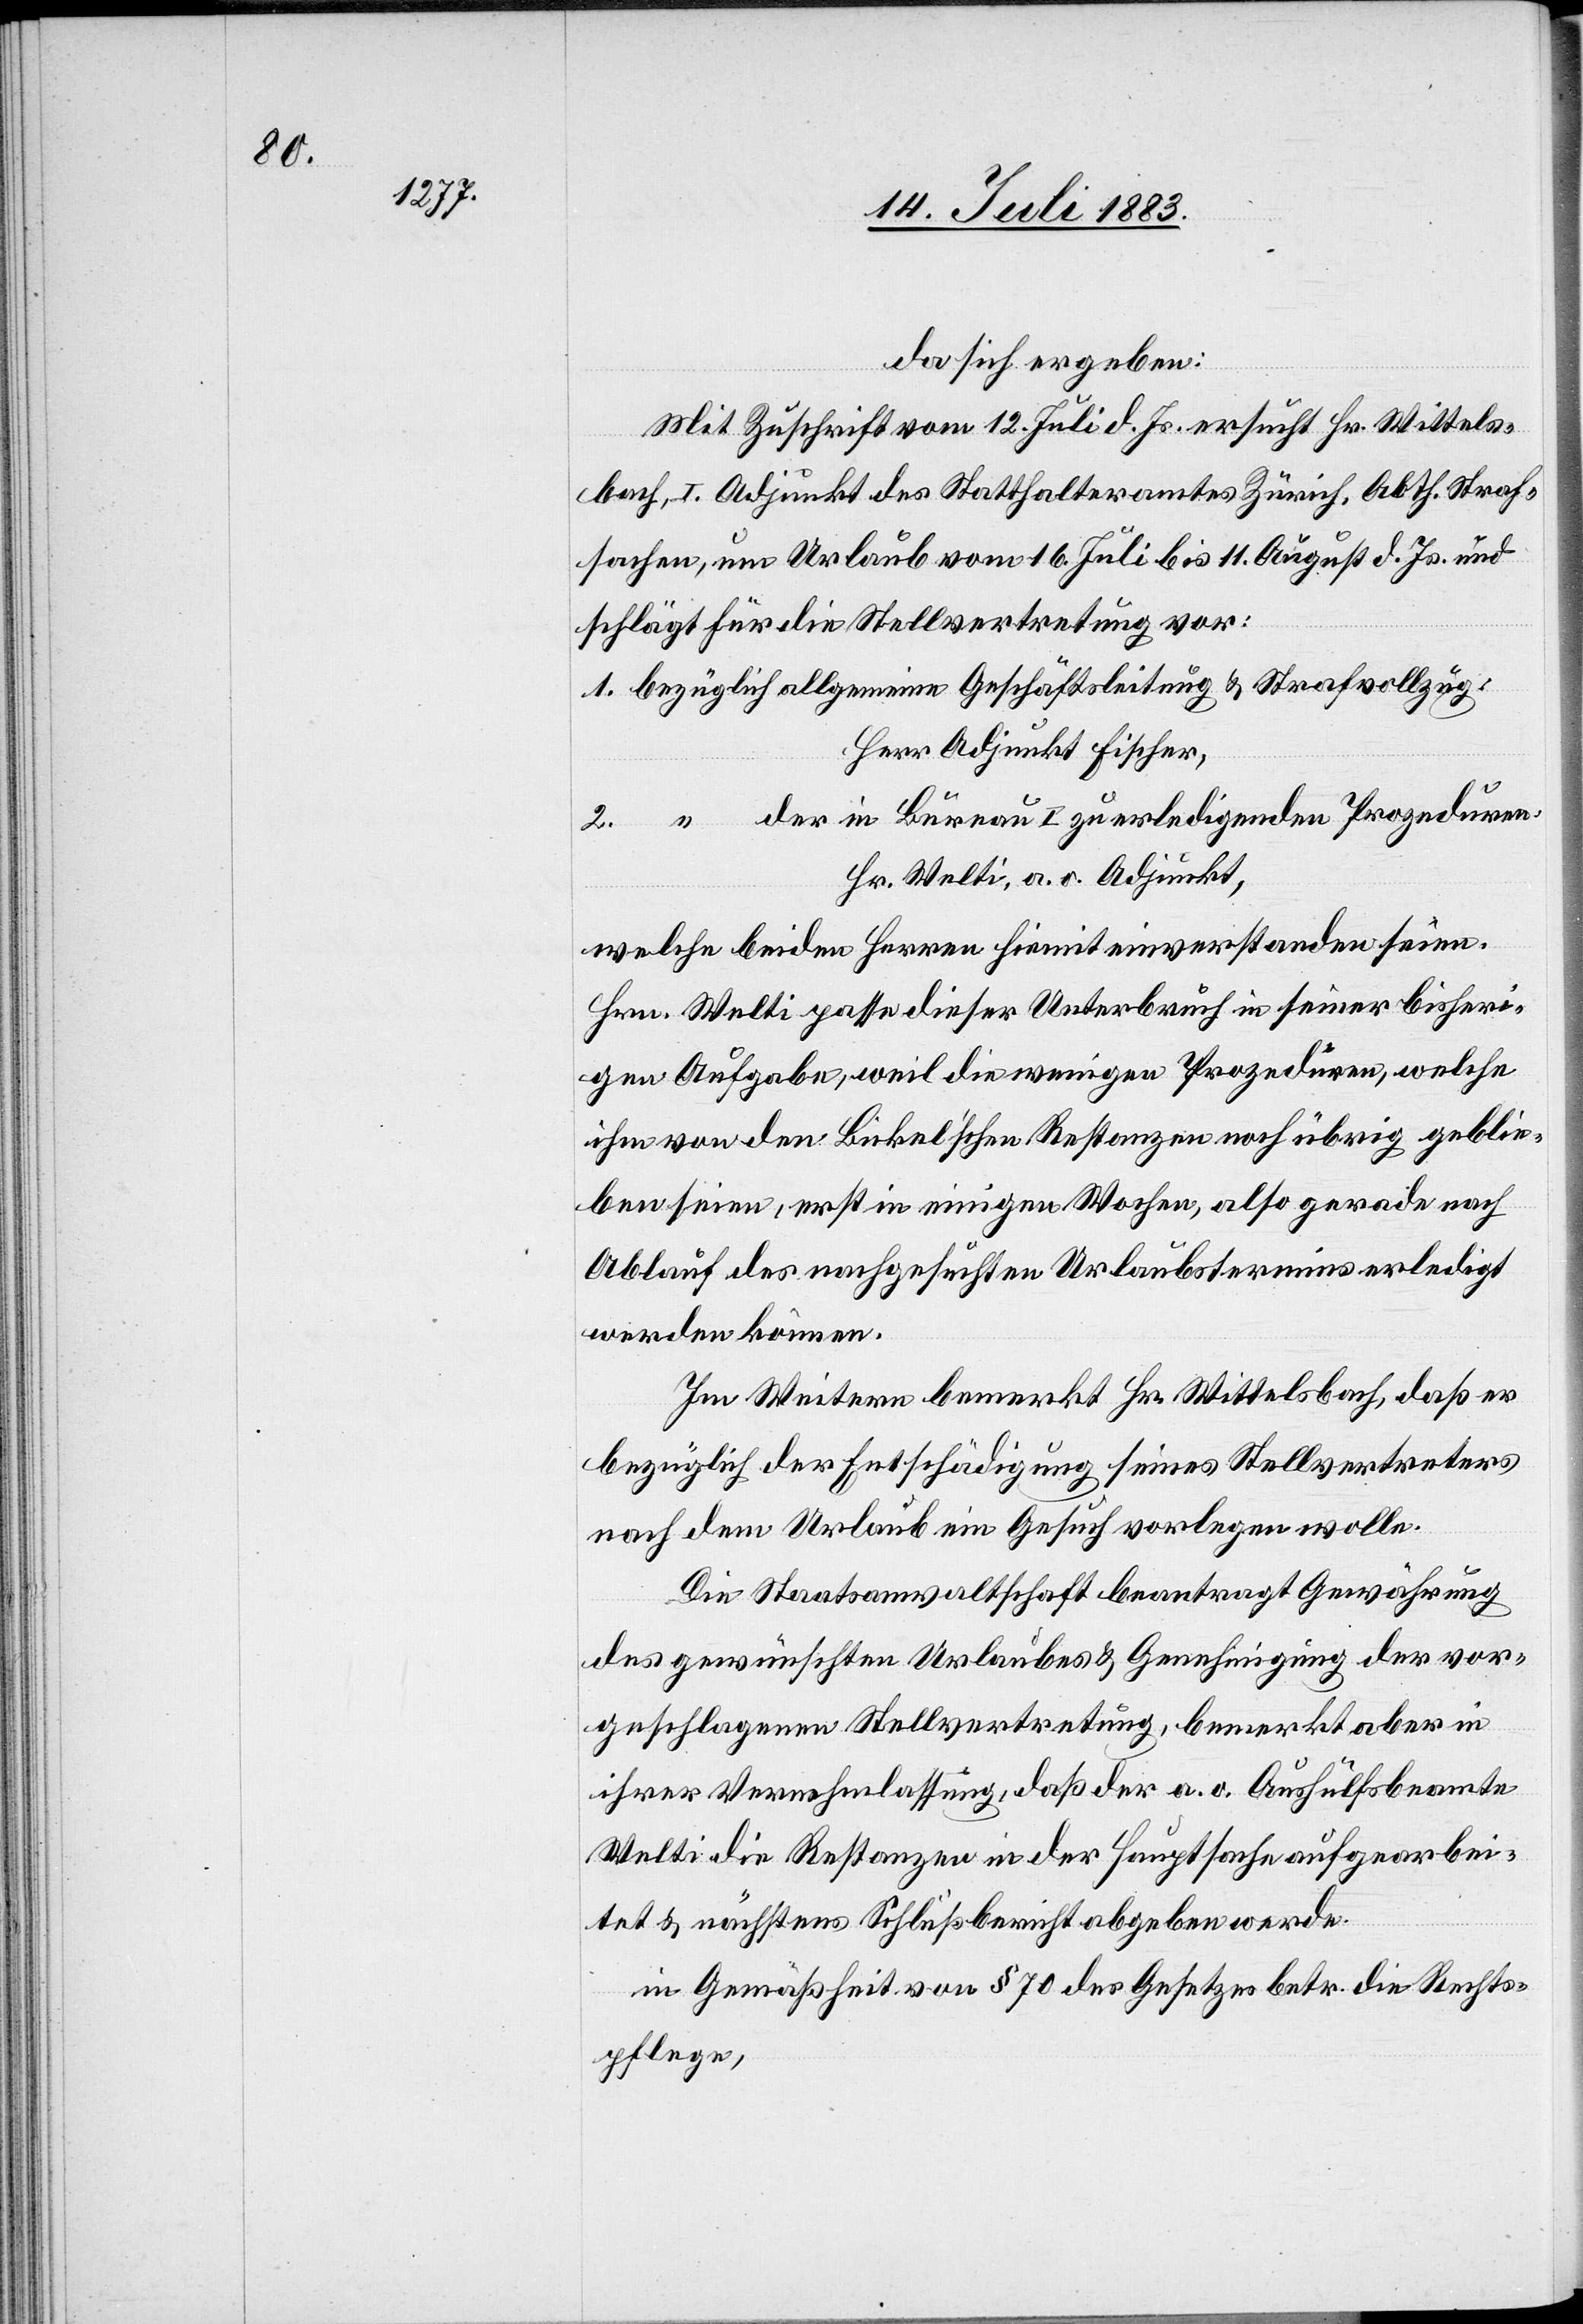
da sich ergeben:
Mit Zuschrift vom 12. Juli d. Js. ersucht Hr. Wittels¬
bach, I. Adjunkt des Statthalteramtes Zürich, Abth. Straf¬
sachen, um Urlaub vom 16. Juli bis 11. August d. Js. und
schlägt für die Stellvertretung vor:
1. bezüglich allgemeine Geschäftsleitung & Strafvollzug:
Herr Adjunkt Fischer;
der in Bureau I zu erledigenden Prozeduren:
2.
Hr. Welti, a. o. Adjunkt,
welche beiden Herren hiemit einverstanden seien.
Hrn. Welti passe dieser Unterbruch in seiner bisheri¬
gen Aufgabe, weil die wenigen Prozeduren, welche
ihm von den Bickel’schen Restanzen noch übrig geblie¬
ben seien, erst in einigen Wochen, also gerade nach
Ablauf des nachgesuchten Urlaubstermins erledigt
werden können.
Im Weitern bemerkt Hr. Wittelsbach, daß er
bezüglich der Entschädigung seines Stellvertreters
nach dem Urlaub ein Gesuch vorlegen wolle.
Die Staatsanwaltschaft beantragt Gewährung
des gewünschten Urlaubes & Genehmigung der vor¬
geschlagenen Stellvertretung, bemerkt aber in
ihrer Vernehmlassung, daß der a. o. Aushülfsbeamte
Welti die Restanzen in der Hauptsache aufgearbei¬
tet & nächstens Schlußbericht abgeben werde.
in Gemäßheit von § 70 des Gesetzes betr. die Rechts¬
pflege,